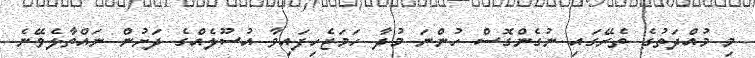
މި މުއްދަތުގެ ތެރޭގައި ނުގެންގޮސް ހުންނަ މުދާ ހަމަޖެހިފައިވާ އުސޫލެއްގެ ދަށުން ނައްތާލެވޭނެ